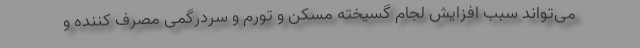
می‌تواند سبب افزایش لجام گسیخته مسکن و تورم و سردرگمی مصرف کننده و